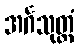
အင်္ဂသုတ္တံ